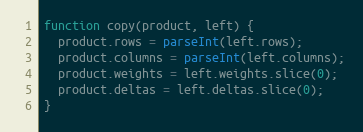
Language: JavaScript
function copy(product, left) {
  product.rows = parseInt(left.rows);
  product.columns = parseInt(left.columns);
  product.weights = left.weights.slice(0);
  product.deltas = left.deltas.slice(0);
}